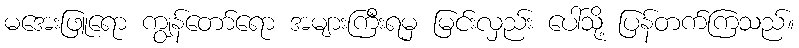
မအေးဖြူရော ကျွန်တော်ရော အများကြီးရမှ မြင်းလှည်း ပေါ်သို့ ပြန်တက်ကြသည်။